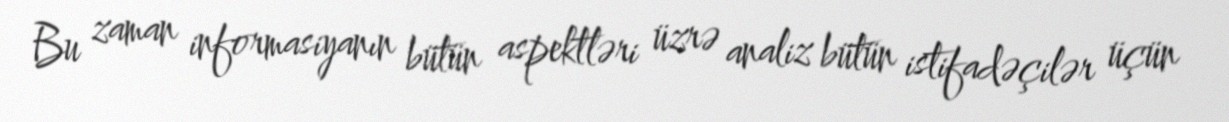
Bu zaman informasiyanın bütün aspektləri üzrə analiz bütün istifadəçilər üçün